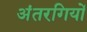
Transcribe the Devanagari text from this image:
अंतरगियों